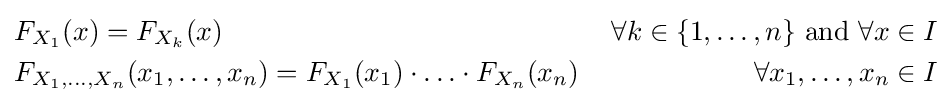
{\begin{aligned}&F_{X_{1}}(x)=F_{X_{k}}(x)\,&\forall k\in \{1,\ldots ,n\}{\text{ and }}\forall x\in I\\&F_{X_{1},\ldots ,X_{n}}(x_{1},\ldots ,x_{n})=F_{X_{1}}(x_{1})\cdot \ldots \cdot F_{X_{n}}(x_{n})\,&\forall x_{1},\ldots ,x_{n}\in I\end{aligned}}